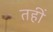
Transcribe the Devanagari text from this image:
तहीं